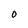
Character: 0